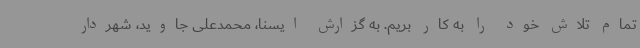
تمام تلاش خود را به کار بریم. به گزارش ایسنا، محمدعلی جاوید، شهردار